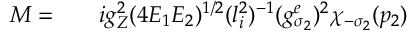
\begin{array} { r l r } { { \cal M } = } & { { } } & { i g _ { Z } ^ { 2 } ( 4 E _ { 1 } E _ { 2 } ) ^ { 1 / 2 } ( l _ { i } ^ { 2 } ) ^ { - 1 } ( g _ { \sigma _ { 2 } } ^ { e } ) ^ { 2 } \chi _ { - \sigma _ { 2 } } ( p _ { 2 } ) } \end{array}